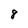
Character: 8